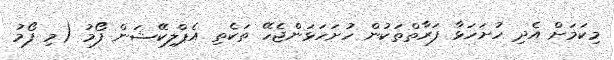
މިކަމަށް އެދި ހުށަހަޅާ ފަރާތްތަކުން ހުށަހަޅަންޖެހޭ ތަކެތި އެޕްލިކޭޝަން ފޯމު (މި ފޯމު